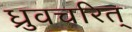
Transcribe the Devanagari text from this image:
ध्रुवचरित्